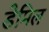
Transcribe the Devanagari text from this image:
डेमिल